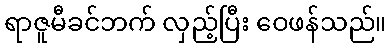
ရာဇူမီခင်ဘက် လှည့်ပြီး ဝေဖန်သည်။